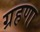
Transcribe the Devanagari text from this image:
ग्रहणा